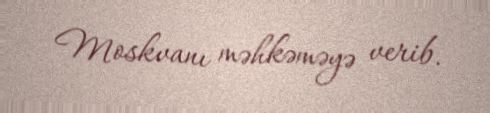
Moskvanı məhkəməyə verib.